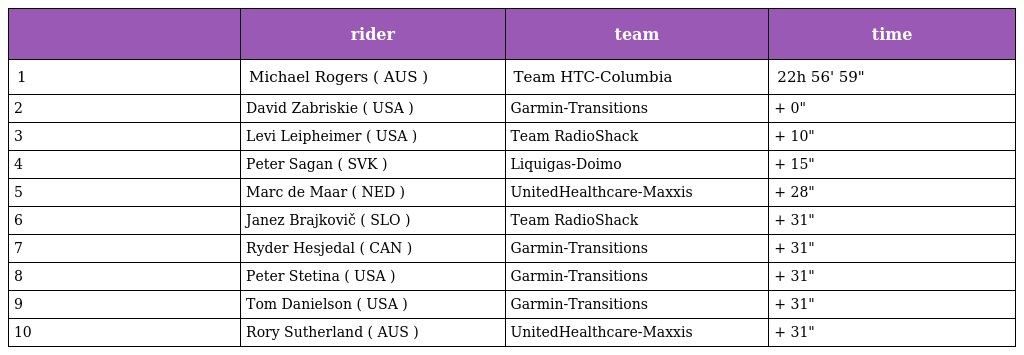
|  | rider | team | time |
 | --- | --- | --- | --- |
 | 1 | Michael Rogers ( AUS ) | Team HTC-Columbia | 22h 56' 59" |
 | 2 | David Zabriskie ( USA ) | Garmin-Transitions | + 0" |
 | 3 | Levi Leipheimer ( USA ) | Team RadioShack | + 10" |
 | 4 | Peter Sagan ( SVK ) | Liquigas-Doimo | + 15" |
 | 5 | Marc de Maar ( NED ) | UnitedHealthcare-Maxxis | + 28" |
 | 6 | Janez Brajkovič ( SLO ) | Team RadioShack | + 31" |
 | 7 | Ryder Hesjedal ( CAN ) | Garmin-Transitions | + 31" |
 | 8 | Peter Stetina ( USA ) | Garmin-Transitions | + 31" |
 | 9 | Tom Danielson ( USA ) | Garmin-Transitions | + 31" |
 | 10 | Rory Sutherland ( AUS ) | UnitedHealthcare-Maxxis | + 31" |